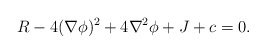
\begin{align*}R - 4 (\nabla \phi)^2 + 4 \nabla^2 \phi + J + c = 0. \end{align*}